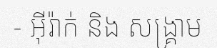
- អ៊ីរ៉ាក់ និង សង្គ្រាម